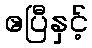
ဧပြီနှင့်